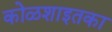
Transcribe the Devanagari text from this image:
कोळशाइतका